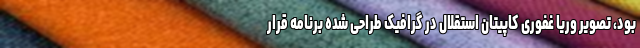
بود، تصویر وریا غفوری کاپیتان استقلال در گرافیک طراحی شده برنامه قرار